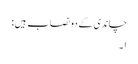
چاندی کے دو نصاب ہیں :
١۔